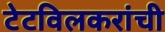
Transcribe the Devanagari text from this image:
टेटविलकरांची